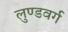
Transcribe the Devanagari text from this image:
लुण्डवर्ग